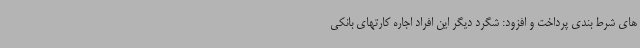
های شرط بندی پرداخت و افزود: شگرد دیگر این افراد اجاره کارتهای بانکی